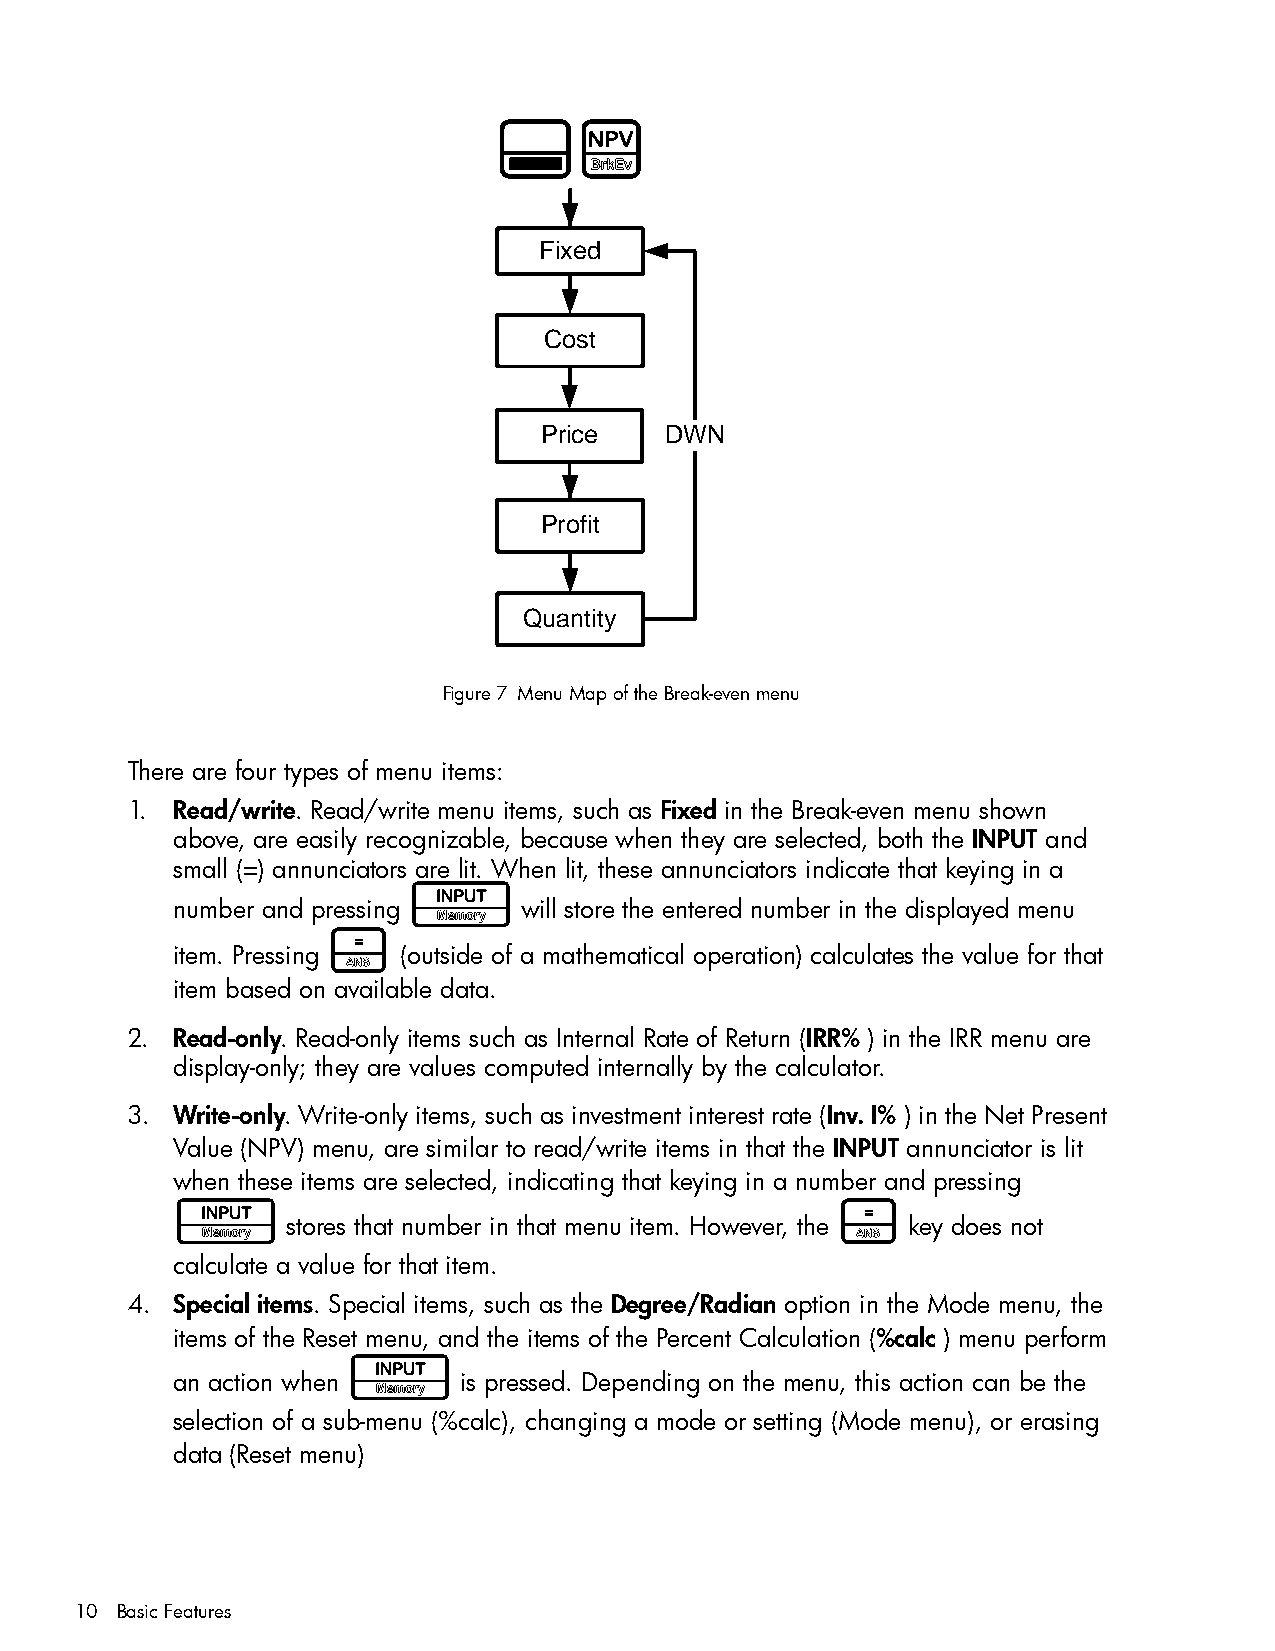
:P
 Fixed
 Cost
 Price   DWN
 Profit
 Quantity
 Figure 7 Menu Map of the Break-even menu
 There are four types of menu items:
 1. Read/write. Read/write menu items, such as Fixed in the Break-even menu shown
 above, are easily recognizable, because when they are selected, both the INPUT and
 small (=) annunciators are lit. When lit, these annunciators indicate that keying in a
 I
 number and pressing     will store the entered number in the displayed menu
 =
 item. Pressing  (outside of a mathematical operation) calculates the value for that
 item based on available data.
 2. Read-only. Read-only items such as Internal Rate of Return (IRR% ) in the IRR menu are
 display-only; they are values computed internally by the calculator.
 3. Write-only. Write-only items, such as investment interest rate (Inv. I% ) in the Net Present
 Value (NPV) menu, are similar to read/write items in that the INPUT annunciator is lit
 when these items are selected, indicating that keying in a number and pressing
 I                                           =
 stores that number in that menu item. However, the key does not
 calculate a value for that item.
 4. Special items. Special items, such as the Degree/Radian option in the Mode menu, the
 items of the Reset menu, and the items of the Percent Calculation (%calc ) menu perform
 I
 an action when     is pressed. Depending on the menu, this action can be the
 selection of a sub-menu (%calc), changing a mode or setting (Mode menu), or erasing
 data (Reset menu)
 10 Basic Features